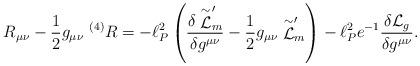
LaTeX: \begin{align*}R_{\mu \nu} - {1 \over 2} g_{\mu \nu}~^{(4)}R = - \ell_P^2 \left(\frac{\delta \stackrel{\sim}{\cal L}_m^{\prime}}{\delta g^{\mu \nu}} -{1 \over 2} g_{\mu \nu} \stackrel{\sim}{\cal L}_m^{\prime} \right) - \ell_P^2e^{-1} \frac{\delta {\cal L}_g}{\delta g^{\mu \nu}} .\end{align*}